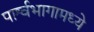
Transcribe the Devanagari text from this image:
पार्श्वभागामध्ये